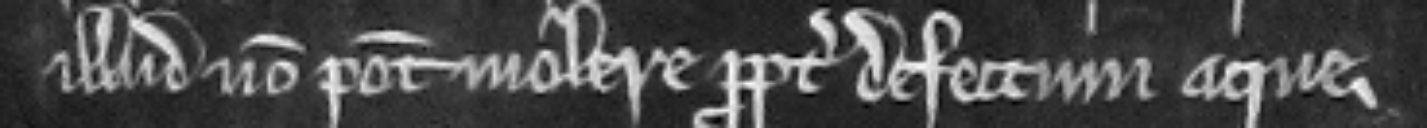
illud non potest molere propter defectum aque.